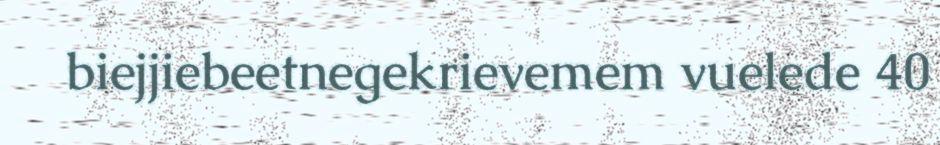
biejjiebeetnegekrievemem vuelede 40